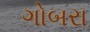
ગોબરા